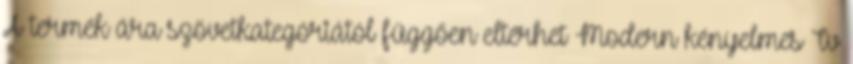
A termék ára szövetkategóriától függően eltérhet Modern kényelmes Tv